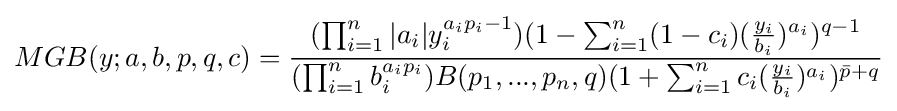
MGB(y;a,b,p,q,c)={\frac {(\prod _{i=1}^{n}|a_{i}|y_{i}^{a_{i}p_{i}-1})(1-\sum _{i=1}^{n}(1-c_{i})({\frac {y_{i}}{b_{i}}})^{a_{i}})^{q-1}}{(\prod _{i=1}^{n}b_{i}^{a_{i}p_{i}})B(p_{1},...,p_{n},q)(1+\sum _{i=1}^{n}c_{i}({\frac {y_{i}}{b_{i}}})^{a_{i}})^{{\bar {p}}+q}}}